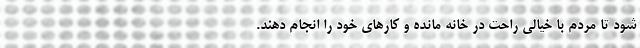
شود تا مردم با خیالی راحت در خانه مانده و کارهای خود را انجام دهند.